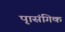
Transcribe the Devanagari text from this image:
पृासंगिक